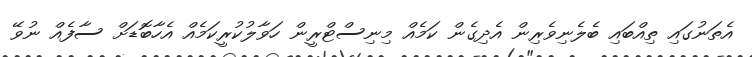
އެތަނުގައި ތިއްބައި ބެލެނިވެރިން އެދިގެން ކަމެއް މިނިސްޓްރީން ހަވާލުކުރީކަމެއް އެހާބޮޑަށް ސާފެއް ނުވޭ